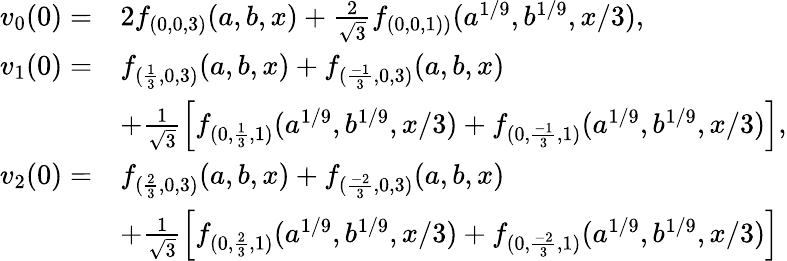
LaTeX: \begin{array}{rl}{v_{0}(0)=}&{2f_{(0,0,3)}(a,b,x)+\frac{2}{\sqrt{3}}f_{(0,0,1))}(a^{1/9},b^{1/9},x/3),}\\ {v_{1}(0)=}&{f_{(\frac{1}{3},0,3)}(a,b,x)+f_{(\frac{-1}{3},0,3)}(a,b,x)}\\ &{+\frac{1}{\sqrt{3}}\left[f_{(0,\frac{1}{3},1)}(a^{1/9},b^{1/9},x/3)+f_{(0,\frac{-1}{3},1)}(a^{1/9},b^{1/9},x/3)\right],}\\ {v_{2}(0)=}&{f_{(\frac{2}{3},0,3)}(a,b,x)+f_{(\frac{-2}{3},0,3)}(a,b,x)}\\ &{+\frac{1}{\sqrt{3}}\left[f_{(0,\frac{2}{3},1)}(a^{1/9},b^{1/9},x/3)+f_{(0,\frac{-2}{3},1)}(a^{1/9},b^{1/9},x/3)\right]}\end{array}